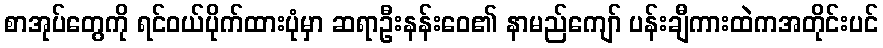
စာအုပ်တွေကို ရင်ဝယ်ပိုက်ထားပုံမှာ ဆရာဦးနန်းဝေ၏ နာမည်ကျော် ပန်းချီကားထဲကအတိုင်းပင်